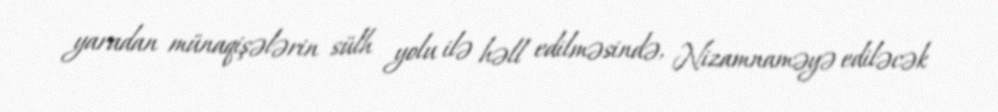
yaradan münaqişələrin sülh yolu ilə həll edilməsində, Nizamnaməyə ediləcək